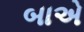
બાએ